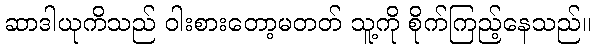
ဆာဒါယုကိသည် ဝါးစားတော့မတတ် သူ့ကို စိုက်ကြည့်နေသည်။